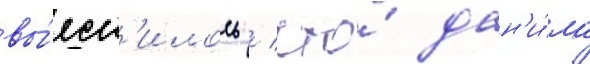
вы́ясн'илось / что́ дан'и́ла